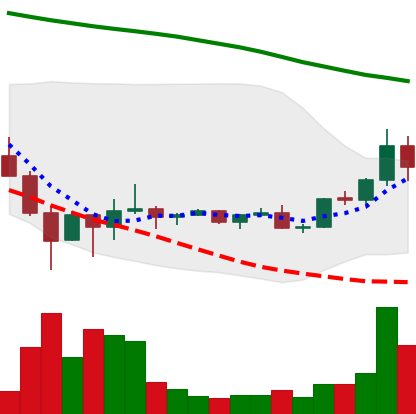
Ticker: DOGE-USD
Chart end date: 2022-02-08
Forward return: -5.97%
Label: down_5_7